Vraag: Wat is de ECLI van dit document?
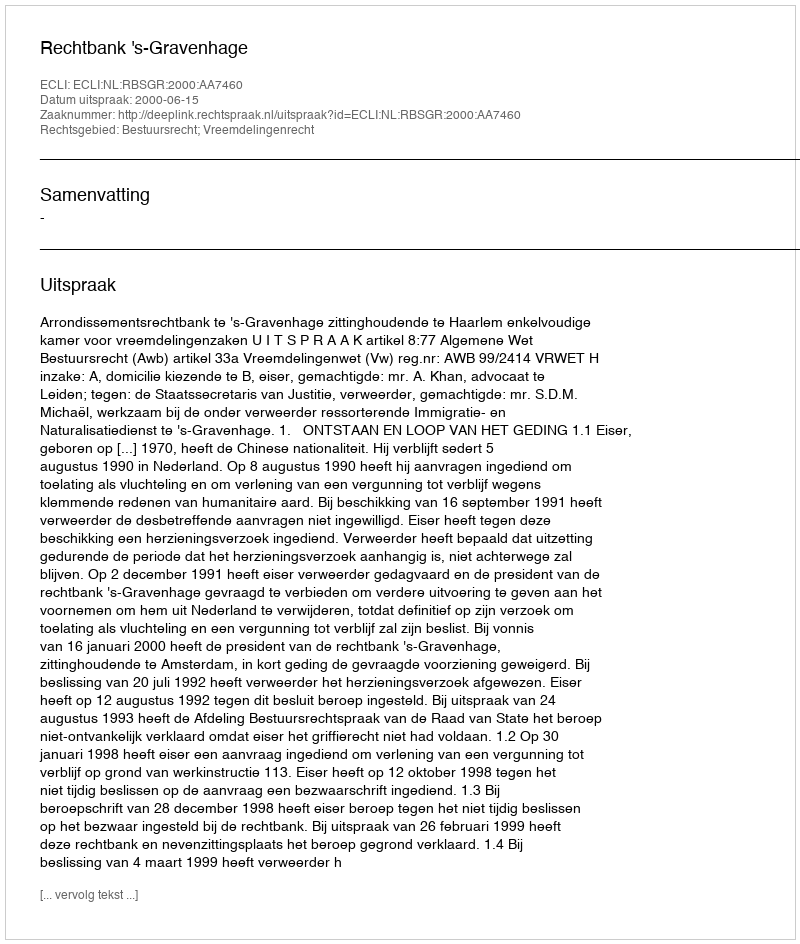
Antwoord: ECLI:NL:RBSGR:2000:AA7460